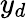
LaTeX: y_{d}